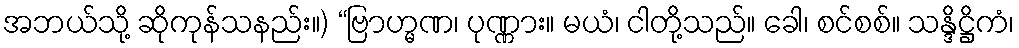
အဘယ်သို့ ဆိုကုန်သနည်း။) “ဗြာဟ္မဏ၊ ပုဏ္ဏား။ မယံ၊ ငါတို့သည်။ ခေါ၊ စင်စစ်။ သန္ဒိဋ္ဌိကံ၊